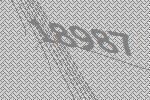
18987